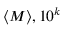
\langle M \rangle , 1 0 ^ { k }